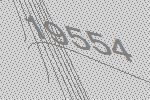
19554